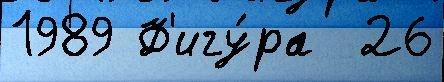
1989 Ф'игу́ра  26